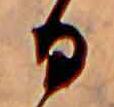
る